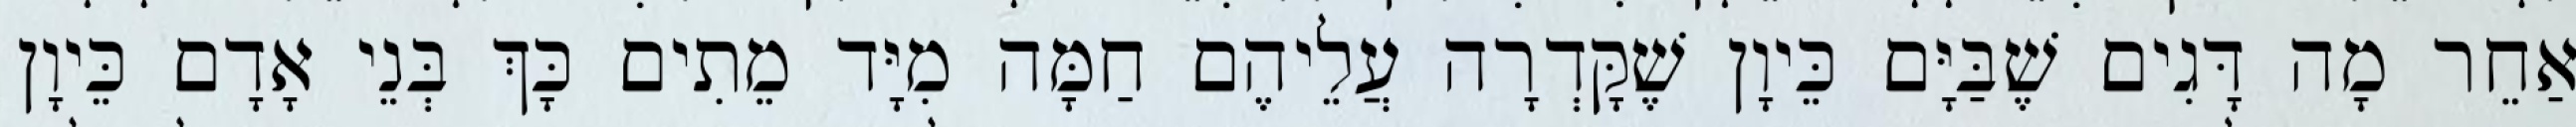
אַחֵר מָה דָּגִים שֶׁבַּיָּם כֵּיוָן שֶׁקָּדְרָה עֲלֵיהֶם חַמָּה מִיָּד מֵתִים כָּךְ בְּנֵי אָדָם כֵּיוָן